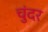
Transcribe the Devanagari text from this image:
चुंदर